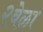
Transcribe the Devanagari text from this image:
२वेळा